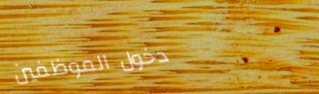
دخول الموظفين